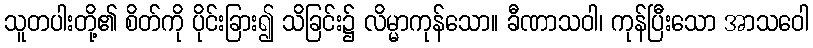
သူတပါးတို့၏ စိတ်ကို ပိုင်းခြား၍ သိခြင်း၌ လိမ္မာကုန်သော။ ခီဏာသဝါ၊ ကုန်ပြီးသော အာသဝေါ